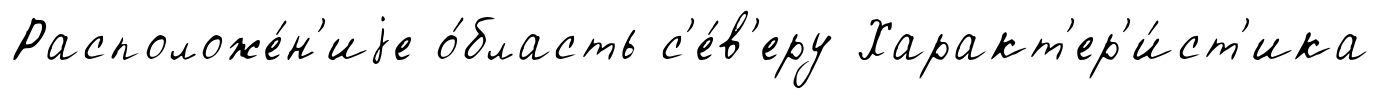
Расположе́н'иjе о́бласть с'е́в'еру Характ'ер'и́ст'ика